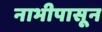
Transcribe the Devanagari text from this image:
नाभीपासून